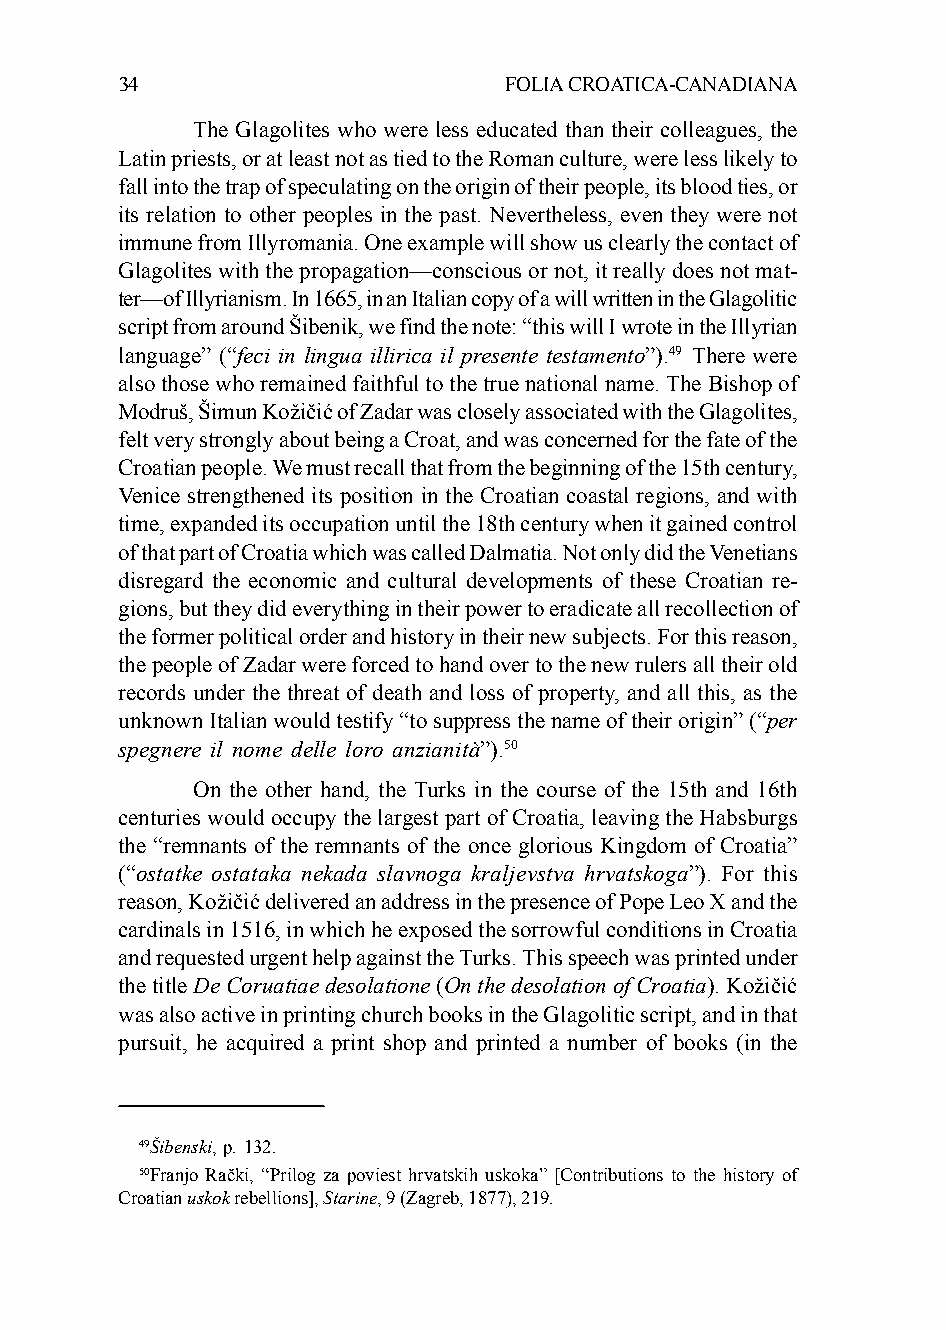
34                       FOLIA CROATICA-CANADIANA
 The Glagolites who were less educated than their colleagues, the
 Latin priests, or at least not as tied to the Roman culture, were less likely to
 fall into the trap of speculating on the origin of their people, its blood ties, or
 its relation to other peoples in the past. Nevertheless, even they were not
 immune from Illyromania. One example will show us clearly the contact of
 Glagolites with the propagation—conscious or not, it really does not mat-
 ter—of Illyrianism. In 1665, in an Italian copy of a will written in the Glagolitic
 script from around Šibenik, we find the note: “this will I wrote in the Illyrian
 language” (“feci in lingua illirica il presente testamento”).49 There were
 also those who remained faithful to the true national name. The Bishop of
 Modruš, Šimun Kožičić of Zadar was closely associated with the Glagolites,
 felt very strongly about being a Croat, and was concerned for the fate of the
 Croatian people. We must recall that from the beginning of the 15th century,
 Venice strengthened its position in the Croatian coastal regions, and with
 time, expanded its occupation until the 18th century when it gained control
 of that part of Croatia which was called Dalmatia. Not only did the Venetians
 disregard the economic and cultural developments of these Croatian re-
 gions, but they did everything in their power to eradicate all recollection of
 the former political order and history in their new subjects. For this reason,
 the people of Zadar were forced to hand over to the new rulers all their old
 records under the threat of death and loss of property, and all this, as the
 unknown Italian would testify “to suppress the name of their origin” (“per
 spegnere il nome delle loro anzianità”).50
 On the other hand, the Turks in the course of the 15th and 16th
 centuries would occupy the largest part of Croatia, leaving the Habsburgs
 the “remnants of the remnants of the once glorious Kingdom of Croatia”
 (“ostatke ostataka nekada slavnoga kraljevstva hrvatskoga”). For this
 reason, Kožičić delivered an address in the presence of Pope Leo X and the
 cardinals in 1516, in which he exposed the sorrowful conditions in Croatia
 and requested urgent help against the Turks. This speech was printed under
 the title De Coruatiae desolatione (On the desolation of Croatia). Kožičić
 was also active in printing church books in the Glagolitic script, and in that
 pursuit, he acquired a print shop and printed a number of books (in the
 49Šibenski, p. 132.
 50Franjo Rački, “Prilog za poviest hrvatskih uskoka” [Contributions to the history of
 Croatian uskok rebellions], Starine, 9 (Zagreb, 1877), 219.